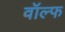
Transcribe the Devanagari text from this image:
वॉल्फ